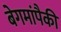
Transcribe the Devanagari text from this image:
बेगमांपैकी